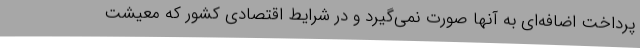
پرداخت اضافه‌ای به آنها صورت نمی‌گیرد و در شرایط اقتصادی کشور که معیشت